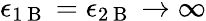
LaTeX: \epsilon_{1\mathrm{~B~}}=\epsilon_{2\mathrm{~B~}}\rightarrow\infty